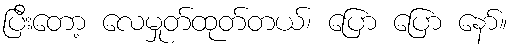
ပြီးတော့ လေမှုတ်ထုတ်တယ်၊ ပြော ပြော နော်။